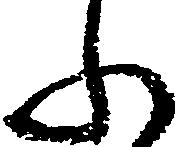
ふ